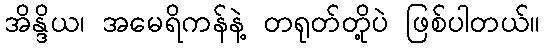
အိန္ဒိယ၊ အမေရိကန်နဲ့ တရုတ်တို့ပဲ ဖြစ်ပါတယ်။